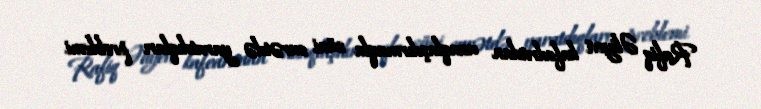
Rafiq Əliyevi kafedradan uzaqlaşdırmaqla süni surətdə yaratdıqları problemi